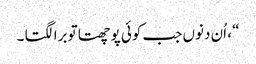
“ ، اُن دنوں جب کوئی پوچھتا تو برا لگتا ۔